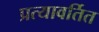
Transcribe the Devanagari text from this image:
प्रत्यावर्तित